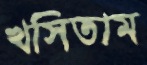
খসিতাম